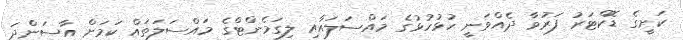
ކަށީގެ ޑޮކްޓަރު ފަރުވާ ދެއްވަނީ ހުޅުހުޅުގެ މައްސަލައާއި ލިގަމެންޓްގެ މައްސަލަތައް ކަމަށް އާސަންދަ